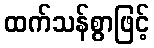
ထက်သန်စွာဖြင့်